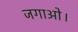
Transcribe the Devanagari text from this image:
जगाओ।